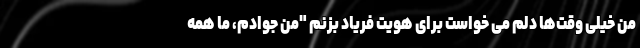
من خیلی وقت‌ها دلم می خواست برای هویت فریاد بزنم "من جوادم، ما همه